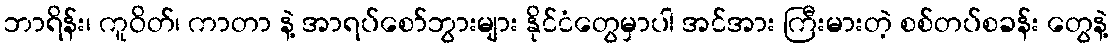
ဘာရိန်း၊ ကူဝိတ်၊ ကာတာ နဲ့ အာရပ်စော်ဘွားများ နိုင်ငံတွေမှာပါ အင်အား ကြီးမားတဲ့ စစ်တပ်စခန်း တွေနဲ့